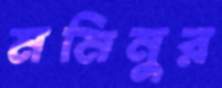
মমিনুর